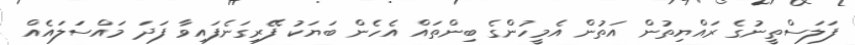
ފަލަސްތީނުގެެ ރައްޔިތުން އަތުން އެމީހުންގެ ބިންތައް އެހެން ބަޔަކު ފޭރިގަނެފައިވާ ފަދަ މައްސަަލައެއް